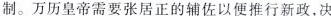
制。万历皇帝需要张居正的辅佐以便推行新政，决